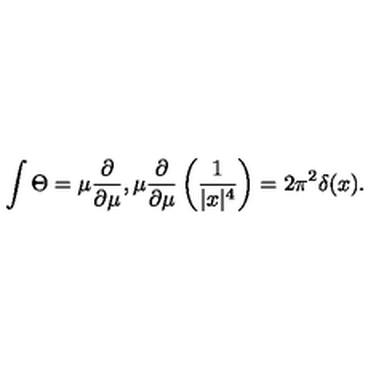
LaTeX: \int \Theta = \mu { \frac { \partial } { \partial \mu } } , \mu { \frac { \partial } { \partial \mu } } \left( { \frac { 1 } { | x | ^ { 4 } } } \right) = 2 \pi ^ { 2 } \delta ( x ) .